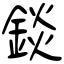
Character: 錟